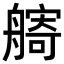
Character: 𦪌